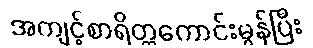
အကျင့်စာရိတ္တကောင်းမွန်ပြီး